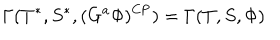
LaTeX: \Gamma ( T ^ { * } , S ^ { * } , ( G ^ { a } \Phi ) ^ { \mathrm { C P } } ) = \Gamma ( T , S , \Phi )